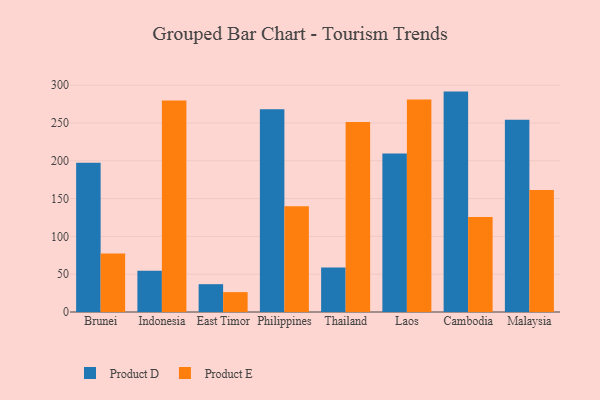
{"axis": {"x": "Country", "y": "Tickets Resolved"}, "legend": ["Product D", "Product E"], "data": [{"x": "Brunei", "y": 197.4, "type": "Product D"}, {"x": "Brunei", "y": 77.3, "type": "Product E"}, {"x": "Indonesia", "y": 54.4, "type": "Product D"}, {"x": "Indonesia", "y": 279.7, "type": "Product E"}, {"x": "East Timor", "y": 36.8, "type": "Product D"}, {"x": "East Timor", "y": 26.3, "type": "Product E"}, {"x": "Philippines", "y": 268.2, "type": "Product D"}, {"x": "Philippines", "y": 139.8, "type": "Product E"}, {"x": "Thailand", "y": 59.0, "type": "Product D"}, {"x": "Thailand", "y": 251.3, "type": "Product E"}, {"x": "Laos", "y": 209.6, "type": "Product D"}, {"x": "Laos", "y": 280.9, "type": "Product E"}, {"x": "Cambodia", "y": 291.5, "type": "Product D"}, {"x": "Cambodia", "y": 125.5, "type": "Product E"}, {"x": "Malaysia", "y": 254.2, "type": "Product D"}, {"x": "Malaysia", "y": 161.5, "type": "Product E"}]}